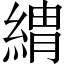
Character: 𦂈